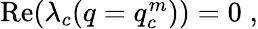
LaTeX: \begin{array}{r}{\mathrm{Re}(\lambda_{c}(q=q_{c}^{m}))=0\; ,}\end{array}